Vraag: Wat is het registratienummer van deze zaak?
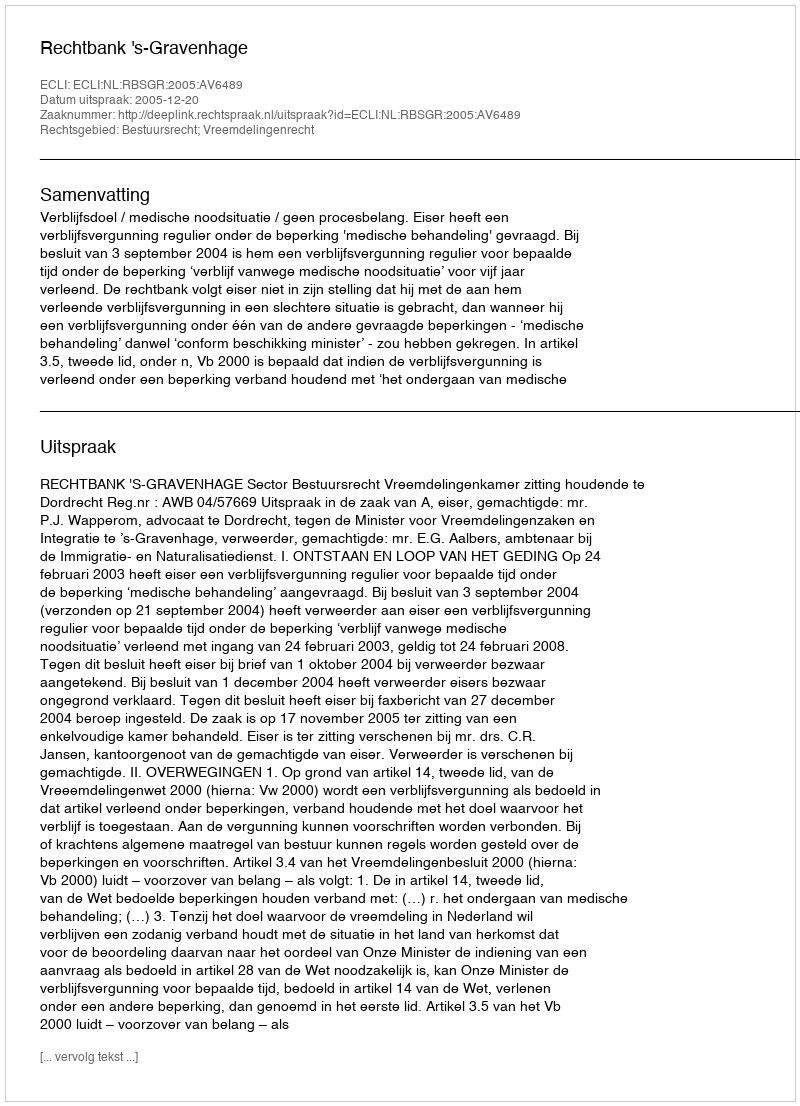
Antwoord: http://deeplink.rechtspraak.nl/uitspraak?id=ECLI:NL:RBSGR:2005:AV6489